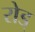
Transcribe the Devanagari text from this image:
रोड्